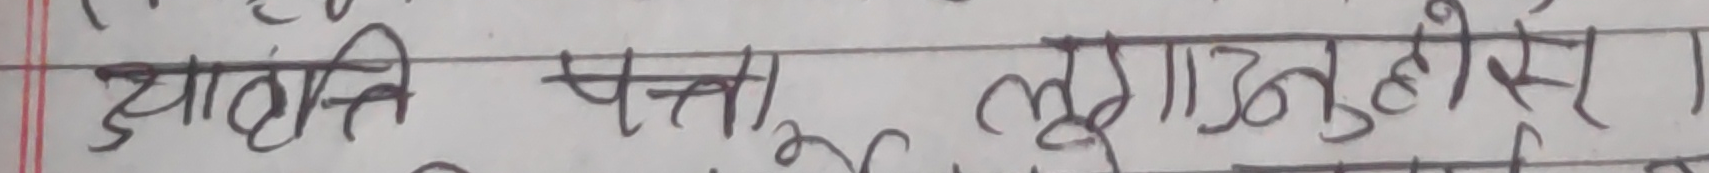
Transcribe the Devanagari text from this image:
आहृाति, पत्ता, लुगाअनुहोस।